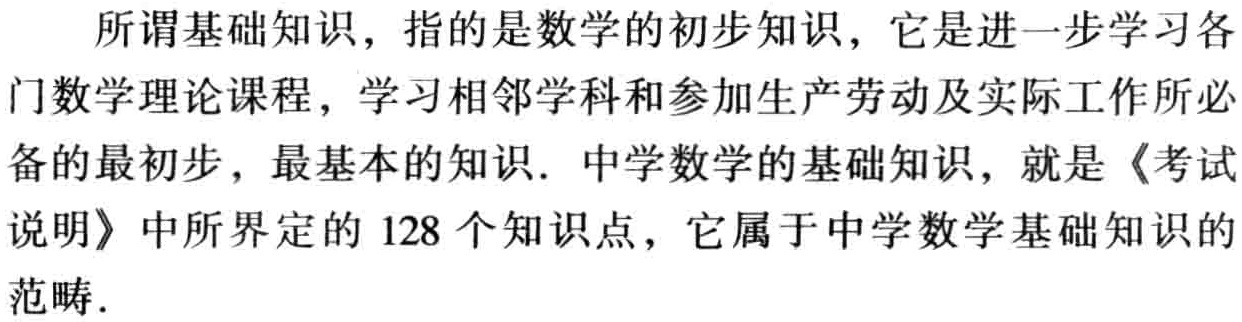
所谓基础知识，指的是数学的初步知识，它是进一步学习各门数学理论课程，学习相邻学科和参加生产劳动及实际工作所必备的最初步，最基本的知识. 中学数学的基础知识，就是《考试说明》中所界定的128个知识点，它属于中学数学基础知识的范畴.